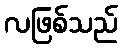
လဖြစ်သည်